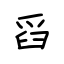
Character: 舀